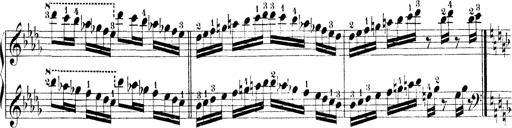
Title: Technische Studien
Composer: Franz Liszt